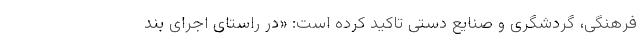
فرهنگی، گردشگری و صنایع دستی تاکید کرده است: «در راستای اجرای بند